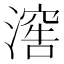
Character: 𣽸